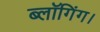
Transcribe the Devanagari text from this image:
ब्लॉगिंग।